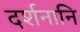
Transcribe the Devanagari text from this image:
दर्शनानि